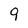
Character: 9